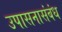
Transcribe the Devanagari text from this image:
उपासनासंबंध